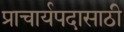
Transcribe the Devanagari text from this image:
प्राचार्यपदासाठी